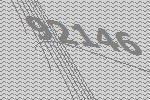
92146